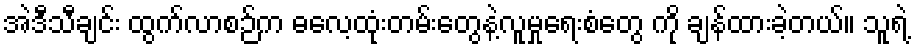
အဲဒီသီချင်း ထွက်လာစဉ်က ဓလေ့ထုံးတမ်းတွေနဲ့လူမှုရေးစံတွေ ကို ချန်ထားခဲ့တယ်။ သူရဲ့